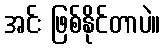
အင်း ဖြစ်နိုင်တာပဲ။